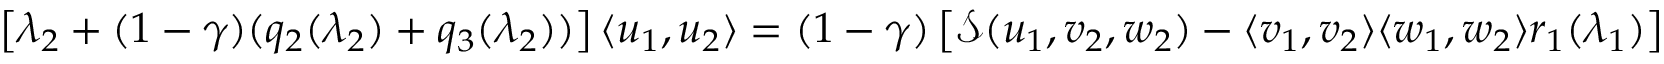
\begin{array} { r l } & { \left[ \lambda _ { 2 } + ( 1 - { \gamma } ) ( q _ { 2 } ( \lambda _ { 2 } ) + q _ { 3 } ( \lambda _ { 2 } ) ) \right] \langle u _ { 1 } , u _ { 2 } \rangle = ( 1 - { \gamma } ) \left[ { \mathcal { S } } ( u _ { 1 } , v _ { 2 } , w _ { 2 } ) - \langle v _ { 1 } , v _ { 2 } \rangle \langle w _ { 1 } , w _ { 2 } \rangle r _ { 1 } ( \lambda _ { 1 } ) \right] } \end{array}